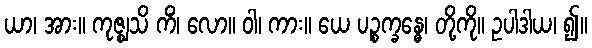
ယာ၊ အား။ ကုဇ္ဈသိ ကိံ၊ လော။ ဝါ၊ ကား။ ယေ ပဉ္စက္ခန္ဓေ၊ တို့ကို။ ဥပါဒါယ၊ ၍။